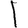
Digit: 1